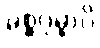
မစ္ဆဂုမ္ဗာပိ